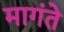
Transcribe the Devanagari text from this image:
मागंते